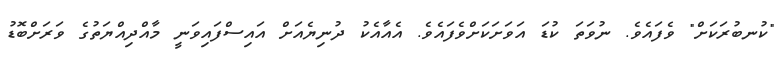
"ކުނބުރަކަށް" ވެފައެވެ. ނުވަތަ ކުޑަ އަވަށަކަށްވެފައެވެ. އެއާއެކު ދުނިޔެއަށް އައިސްފައިވަނީ މާއްދިއްޔަތުގެ ވަރަށްބޮޑު